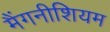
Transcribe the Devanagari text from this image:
मैंगनीशियम